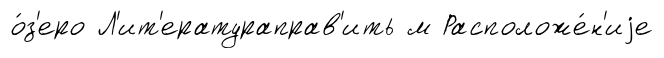
о́з'еро Л'ит'ератураправ'ить м Расположе́н'иjе